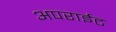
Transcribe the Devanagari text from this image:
अपराईट